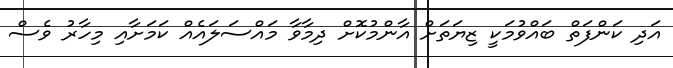
އަދި ކަންފަތް ބައްވުމަކީ ޒިޔަތަށް އާންމުކޮށް ދިމާވާ މައްސަލައެއް ކަމަށާއި މިހާރު ވެސް